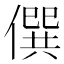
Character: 僎